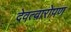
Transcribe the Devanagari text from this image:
देवत्वारोपण